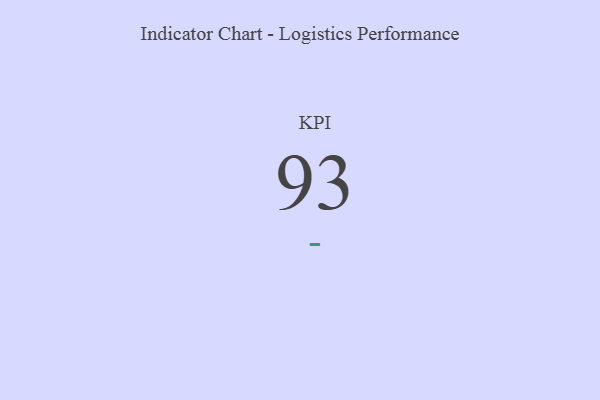
{"axis": {"x": "KPI", "y": "Value"}, "legend": [""], "data": [{"x": "KPI", "y": 93, "type": ""}]}